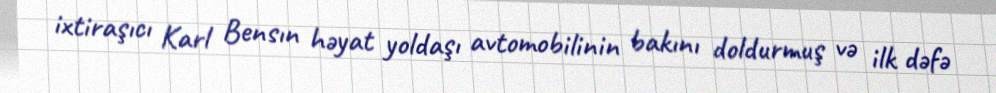
ixtiraşıcı Karl Bensın həyat yoldaşı avtomobilinin bakını doldurmuş və ilk dəfə